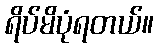
ရိပ်မိပုံရတယ်။